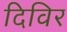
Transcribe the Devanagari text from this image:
दिविर